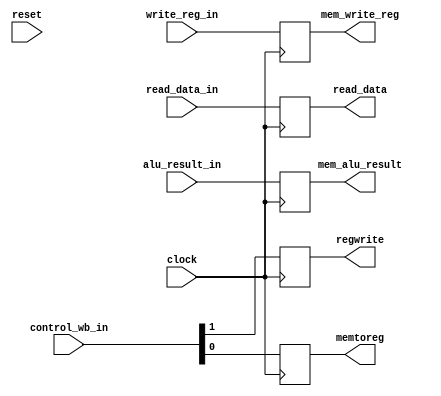
module mem_wb(
        input wire clock, reset,    
        input	wire	[1:0]	control_wb_in,
        input	wire	[31:0]	read_data_in, alu_result_in,
        input	wire	[4:0]	write_reg_in,
        output	reg		regwrite, memtoreg, //1 bit wire
        output	reg	[31:0]	read_data, mem_alu_result,
        output	reg	[4:0]	mem_write_reg
    );

    initial begin
        regwrite <= 0;
        memtoreg <= 0;
        
        read_data <= 0;
        mem_alu_result <= 0;
        mem_write_reg <= 0;
        
        //finish this thread
    end

    always@(posedge clock) begin
        #1
        regwrite <= control_wb_in[1]; // refer to Lab 2-2 Figure 2.2
        memtoreg <= control_wb_in[0];
        
        read_data <= read_data_in;
        mem_alu_result <= alu_result_in;
        mem_write_reg <= write_reg_in;
    end

endmodule // mem_wb